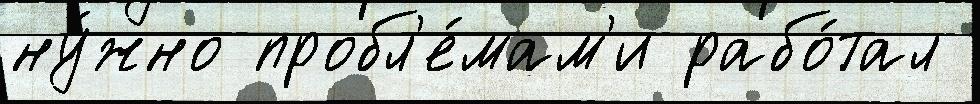
ну́жно пробл'е́мам'и рабо́тал